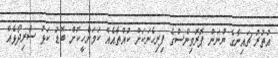
އުތުރު ޗައިނާގެ ޔުނަން ޕޮރޮވިންސްގެ ފިރިހެނަކަށް ކުއްތާއެއް ކަމަށްހީކޮށް ބޮޑު ކަޅު ސާރިދޯޅެއް